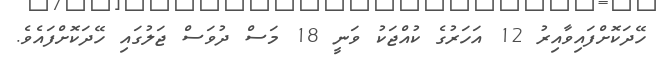
ހޭދަކޮށްފައިވާއިރު 12 އަހަރުގެ ކުއްޖަކު ވަނީ 18 މަސް ދުވަސް ޖަލުގައި ހޭދަކޮށްފައެވެ.